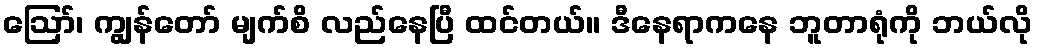
ဪ၊ ကျွန်တော် မျက်စိ လည်နေပြီ ထင်တယ်။ ဒီနေရာကနေ ဘူတာရုံကို ဘယ်လို